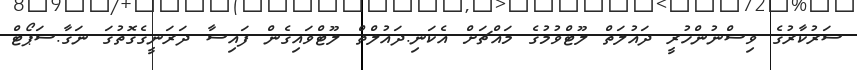
ސަރުކާރުގެ ވިސްނުންހުރީ ދައުލަތް ލޫޓްވުމުގެ މައްޗަށް އެކަނި.ދައުލްތް ލޫޓްވައިގެން ފައިސާ ދަރަނީގެގޮތުގަ ނަގާ.ސަޕޯޓް